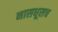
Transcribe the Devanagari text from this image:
नासधूसच